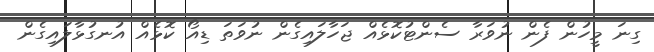
ގިނަ މީހުން ފެން ނުވަރާ ސެންޓުކޮޅެއް ޖަހާލައިގެން ނުވަތަ ޑިއޯ ކޮޅެއް އުނގުޅާލައިގެން